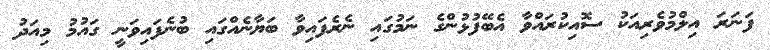
ފަނަރަ އިލްމުވެރިއަކު ސޮއިކުރައްވާ އެބޭފުޅުންގެ ނަމުގައި ނެރެފައިވާ ބަޔާނެއްގައި ބުނެފައިވަނީ ގައުމު މިއަދު